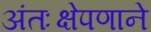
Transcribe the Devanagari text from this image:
अंतःक्षेपणाने